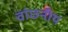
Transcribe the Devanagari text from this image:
वांछ्नीय